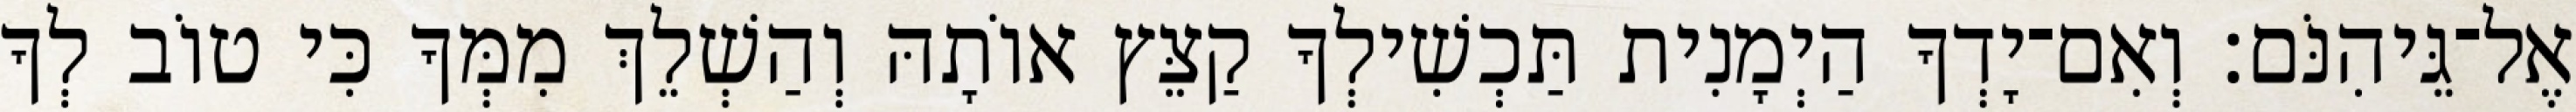
אֶל־גֵּיהִנֹּם׃ וְאִם־יָדְךָ הַיְמָנִית תַּכְשִׁילְךָ קַצֵּץ אוֹתָהּ וְהַשְׁלֵךְ מִמְּךָ כִּי טוֹב לְךָ